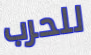
للحرب